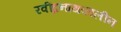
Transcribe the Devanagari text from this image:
रवींद्रनाथकालीन